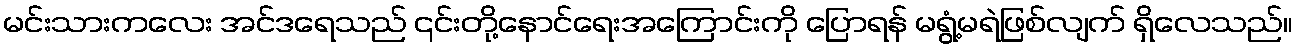
မင်းသားကလေး အင်ဒရေသည် ၎င်းတို့နောင်ရေးအကြောင်းကို ပြောရန် မရွံ့မရဲဖြစ်လျက် ရှိလေသည်။